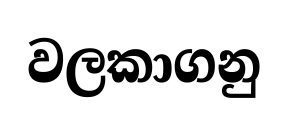
වලකාගනු